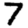
Digit: 7